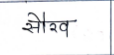
मजकूर: सौरव